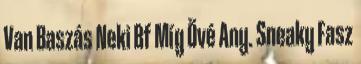
Van Baszás Neki Bf Míg Övé Any. Sneaky Fasz